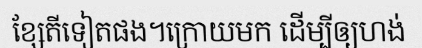
ខ្សែតីទៀតផង។ក្រោយមក ដើម្បីឲ្យហង់